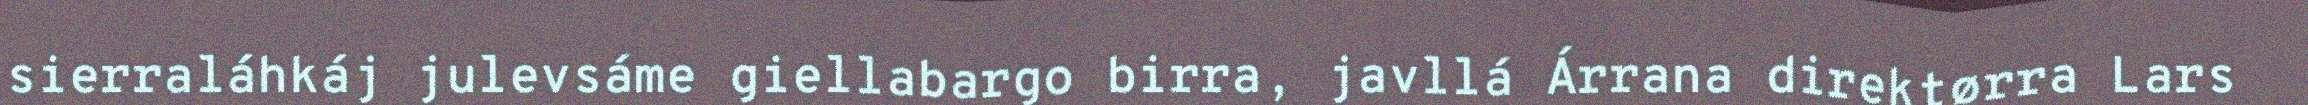
sierraláhkáj julevsáme giellabargo birra, javllá Árrana direktørra Lars